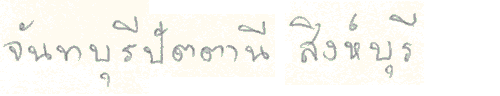
จันทบุรีปัตตานีสิงห์บุรี